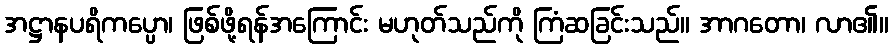
အဋ္ဌာနပရိကပ္ပော၊ ဖြစ်ဖို့ရန်အကြောင်း မဟုတ်သည်ကို ကြံဆခြင်းသည်။ အာဂတော၊ လာ၏။